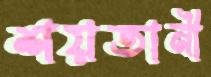
শয়তানী